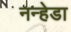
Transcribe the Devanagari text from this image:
नन्हेडा